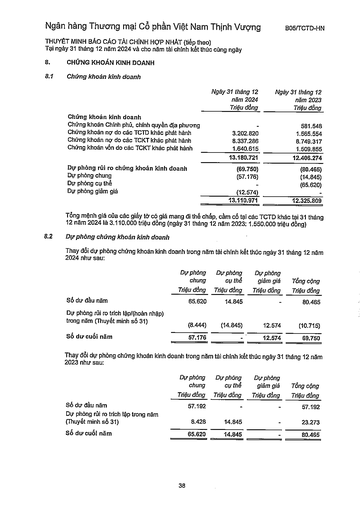
||Ngày 31 tháng 12 năm 2024 Triệu đồng|Ngày 31 tháng 12 năm 2023 Triệu đồng| |---|---|---| |Chứng khoán kinh doanh||| |Chứng khoán Chính phủ, chính quyền địa phương||581.548| |Chứng khoán nợ do các TCTD khác phát hành|3.202.820|1.565.554| |Chứng khoán nợ do các TCKT khác phát hành|8.337.286|8.749.317| |Chứng khoán vốn do các TCKT khác phát hành|1.640.615|1.509.855| ||13.180.721|12.406.274| |Dự phòng rủi ro chứng khoán kinh doanh|(69.750)|(80.465)| |Dự phòng chung|(57.176)|(14.845)| |Dự phòng cụ thể||(65.620)| |Dự phòng giảm giá|(12.574)|| ||13.110.971|12.325.809| ||Dự phòng chung Triệu đồng|Dự phòng cụ thể Triệu đồng|Dự phòng giảm giá Triệu đồng|Tổng cộng Triệu đồng| |---|---|---|---|---| |Số dư đầu năm|65.620|14.845||80.465| |Dự phòng rủi ro trích lập/(hoàn nhập) trong năm (Thuyết minh số 31)|(8.444)|(14.845)|12.574|(10.715)| |Số dư cuối năm|57.176||12.574|69.750| ||Dự phòng chung Triệu đồng|Dự phòng cụ thể Triệu đồng|Dự phòng giảm giá Triệu đồng|Tổng cộng Triệu đồng| |---|---|---|---|---| |Số dư đầu năm|57.192|||57.192| |Dự phòng rủi ro trích lập trong năm (Thuyết minh số 31)|8.428|14.845|-|23.273| |Số dư cuối năm|65.620|14.845||80.465|